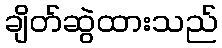
ချိတ်ဆွဲထားသည်